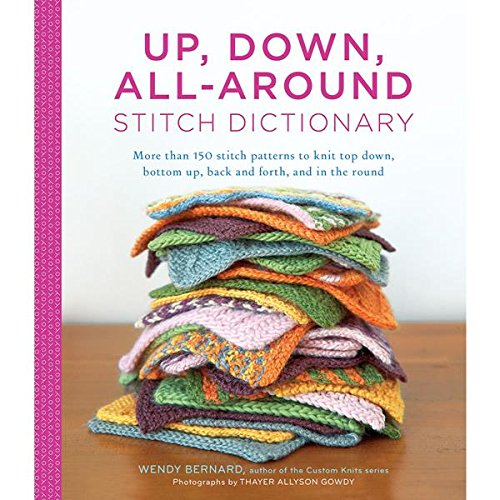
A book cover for Up, Down, All-Around Stitch Dictionary: More than 150 stitch patterns to knit top down, bottom up, back and forth, and in the round; Wendy Bernard; Crafts, Hobbies & Home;